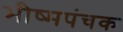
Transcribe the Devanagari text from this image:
भीष्मपंचक